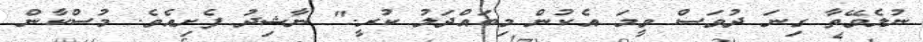
ނުލެވޭތާ ގިނަ ދުވަސް ވީމަ އެކުން މިބައްދަލު ކުރީ." ނާޝިދު ފެށިއެވެ. މުސްކާން